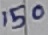
Text: 50